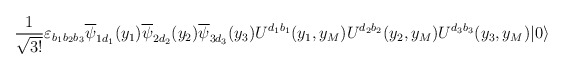
\begin{align*}\frac{1}{\sqrt{3!}} \varepsilon_{b_1 b_2 b_3}\overline{\psi}_{1 d_1}(y_1)\overline{\psi}_{2 d_2}(y_2) \overline{\psi}_{3 d_3}(y_3)U^{d_1 b_1}(y_1,y_M)U^{d_2 b_2}(y_2,y_M) U^{d_3 b_3}(y_3,y_M)| 0 \rangle\end{align*}